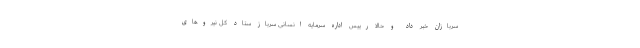
سربازان خبر داد و حالا رییس اداره سرمایه انسانی سرباز ستاد کل نیروهای